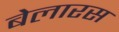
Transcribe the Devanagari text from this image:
बेलारस